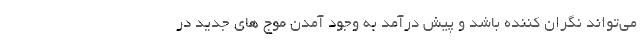
می‌تواند نگران کننده باشد و پیش درآمد به وجود آمدن موج های جدید در